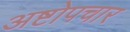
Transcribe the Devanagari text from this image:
अष्टोपचार